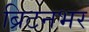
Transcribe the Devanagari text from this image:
ब्रिटनभर